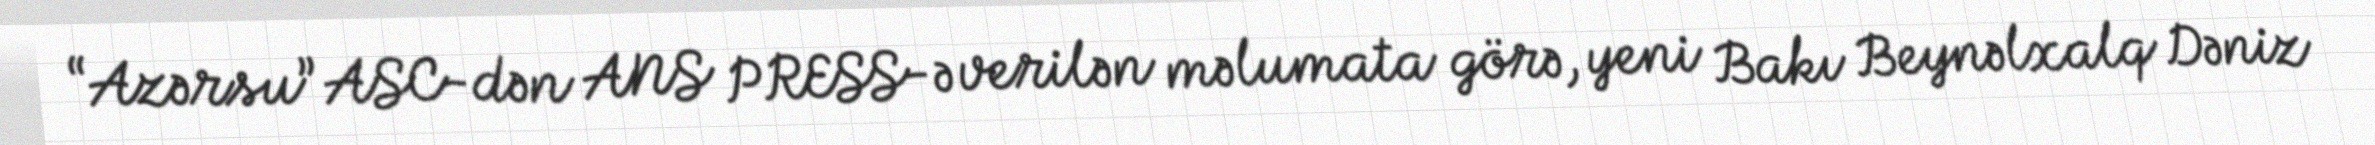
“Azərsu” ASC-dən ANS PRESS-ə verilən məlumata görə, yeni Bakı Beynəlxalq Dəniz